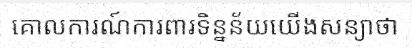
គោលការណ៍ការពារទិន្នន័យយើងសន្យាថា